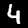
Label: 4